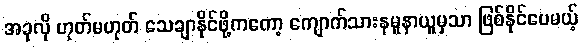
အခုလို ဟုတ်မဟုတ် သေချာနိုင်ဖို့ကတော့ ကျောက်သားနမူနာယူမှသာ ဖြစ်နိုင်ပေမယ့်